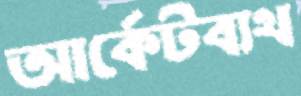
আর্কেটব্যথ